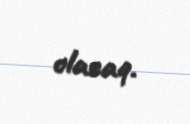
olacaq.